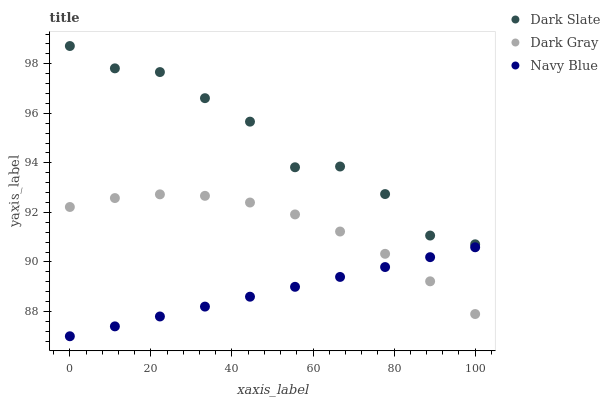
| xaxis_label | Dark Slate | Dark Gray | Navy Blue |
 | --- | --- | --- | --- |
 | 0 | 98.7 | 92.2 | 87 |
 | 11.1 | 97.8 | 92.6 | 87.4 |
 | 22.2 | 97.7 | 92.7 | 87.8 |
 | 33.3 | 96.6 | 92.7 | 88.2 |
 | 44.4 | 95.7 | 92.4 | 88.6 |
 | 55.6 | 93.8 | 91.9 | 89 |
 | 66.7 | 93.9 | 91.2 | 89.4 |
 | 77.8 | 92.7 | 90.3 | 89.8 |
 | 88.9 | 91.1 | 89.2 | 90.2 |
 | 100 | 90.7 | 87.9 | 90.6 |